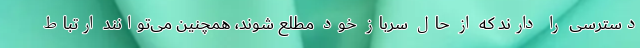
دسترسی را دارند که از حال سرباز خود مطلع شوند، همچنین می‌توانند ارتباط